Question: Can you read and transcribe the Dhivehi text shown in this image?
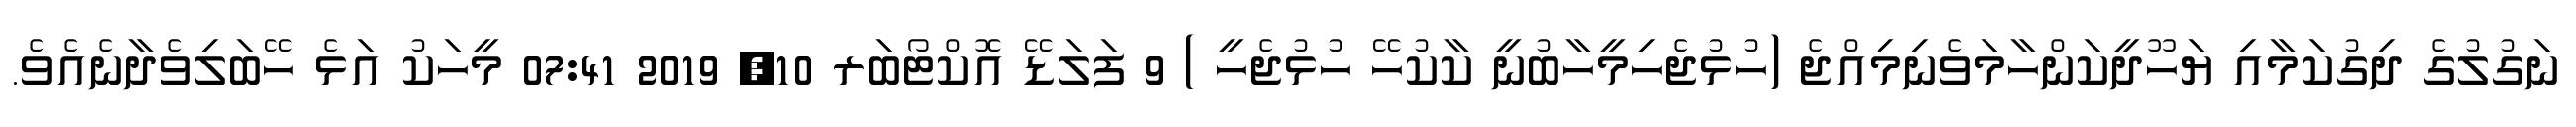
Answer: ނަގުލުގެ ދިގުކަމާއި ޔަހޫދީކަންހާމަވެނިމިއްޖެ (ހުޅުޖެހިމީހާބުނީ ކާކުހޭ ހުޅުޖެހީ ) 9 ފަލަޑޭ އޮކްޓޯބަރ 10, 2019 07:41 މީހަކު އަޅެ ހޭބަލިވެދާނެއެވެ.